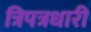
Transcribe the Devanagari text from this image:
त्रिपत्रधारी